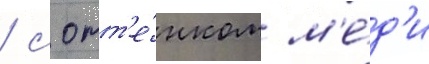
/ с отт'е́нком м'е́д'и